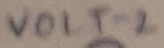
Text: VOLT-2